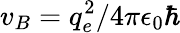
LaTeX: v_{B}=q_{e}^{2}/4\pi\epsilon_{0}\hbar